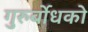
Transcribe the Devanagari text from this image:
गुरुर्बोधको